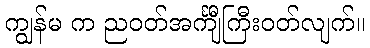
ကျွန်မ က ညဝတ်အင်္ကျီကြီးဝတ်လျက်။